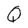
Character: Q